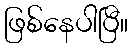
ဖြစ်နေပါပြီ။